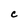
Character: C